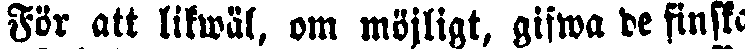
För att likwäl. om möjligt, gifwa de finska